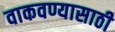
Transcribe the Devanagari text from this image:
वाकवण्यासाठी